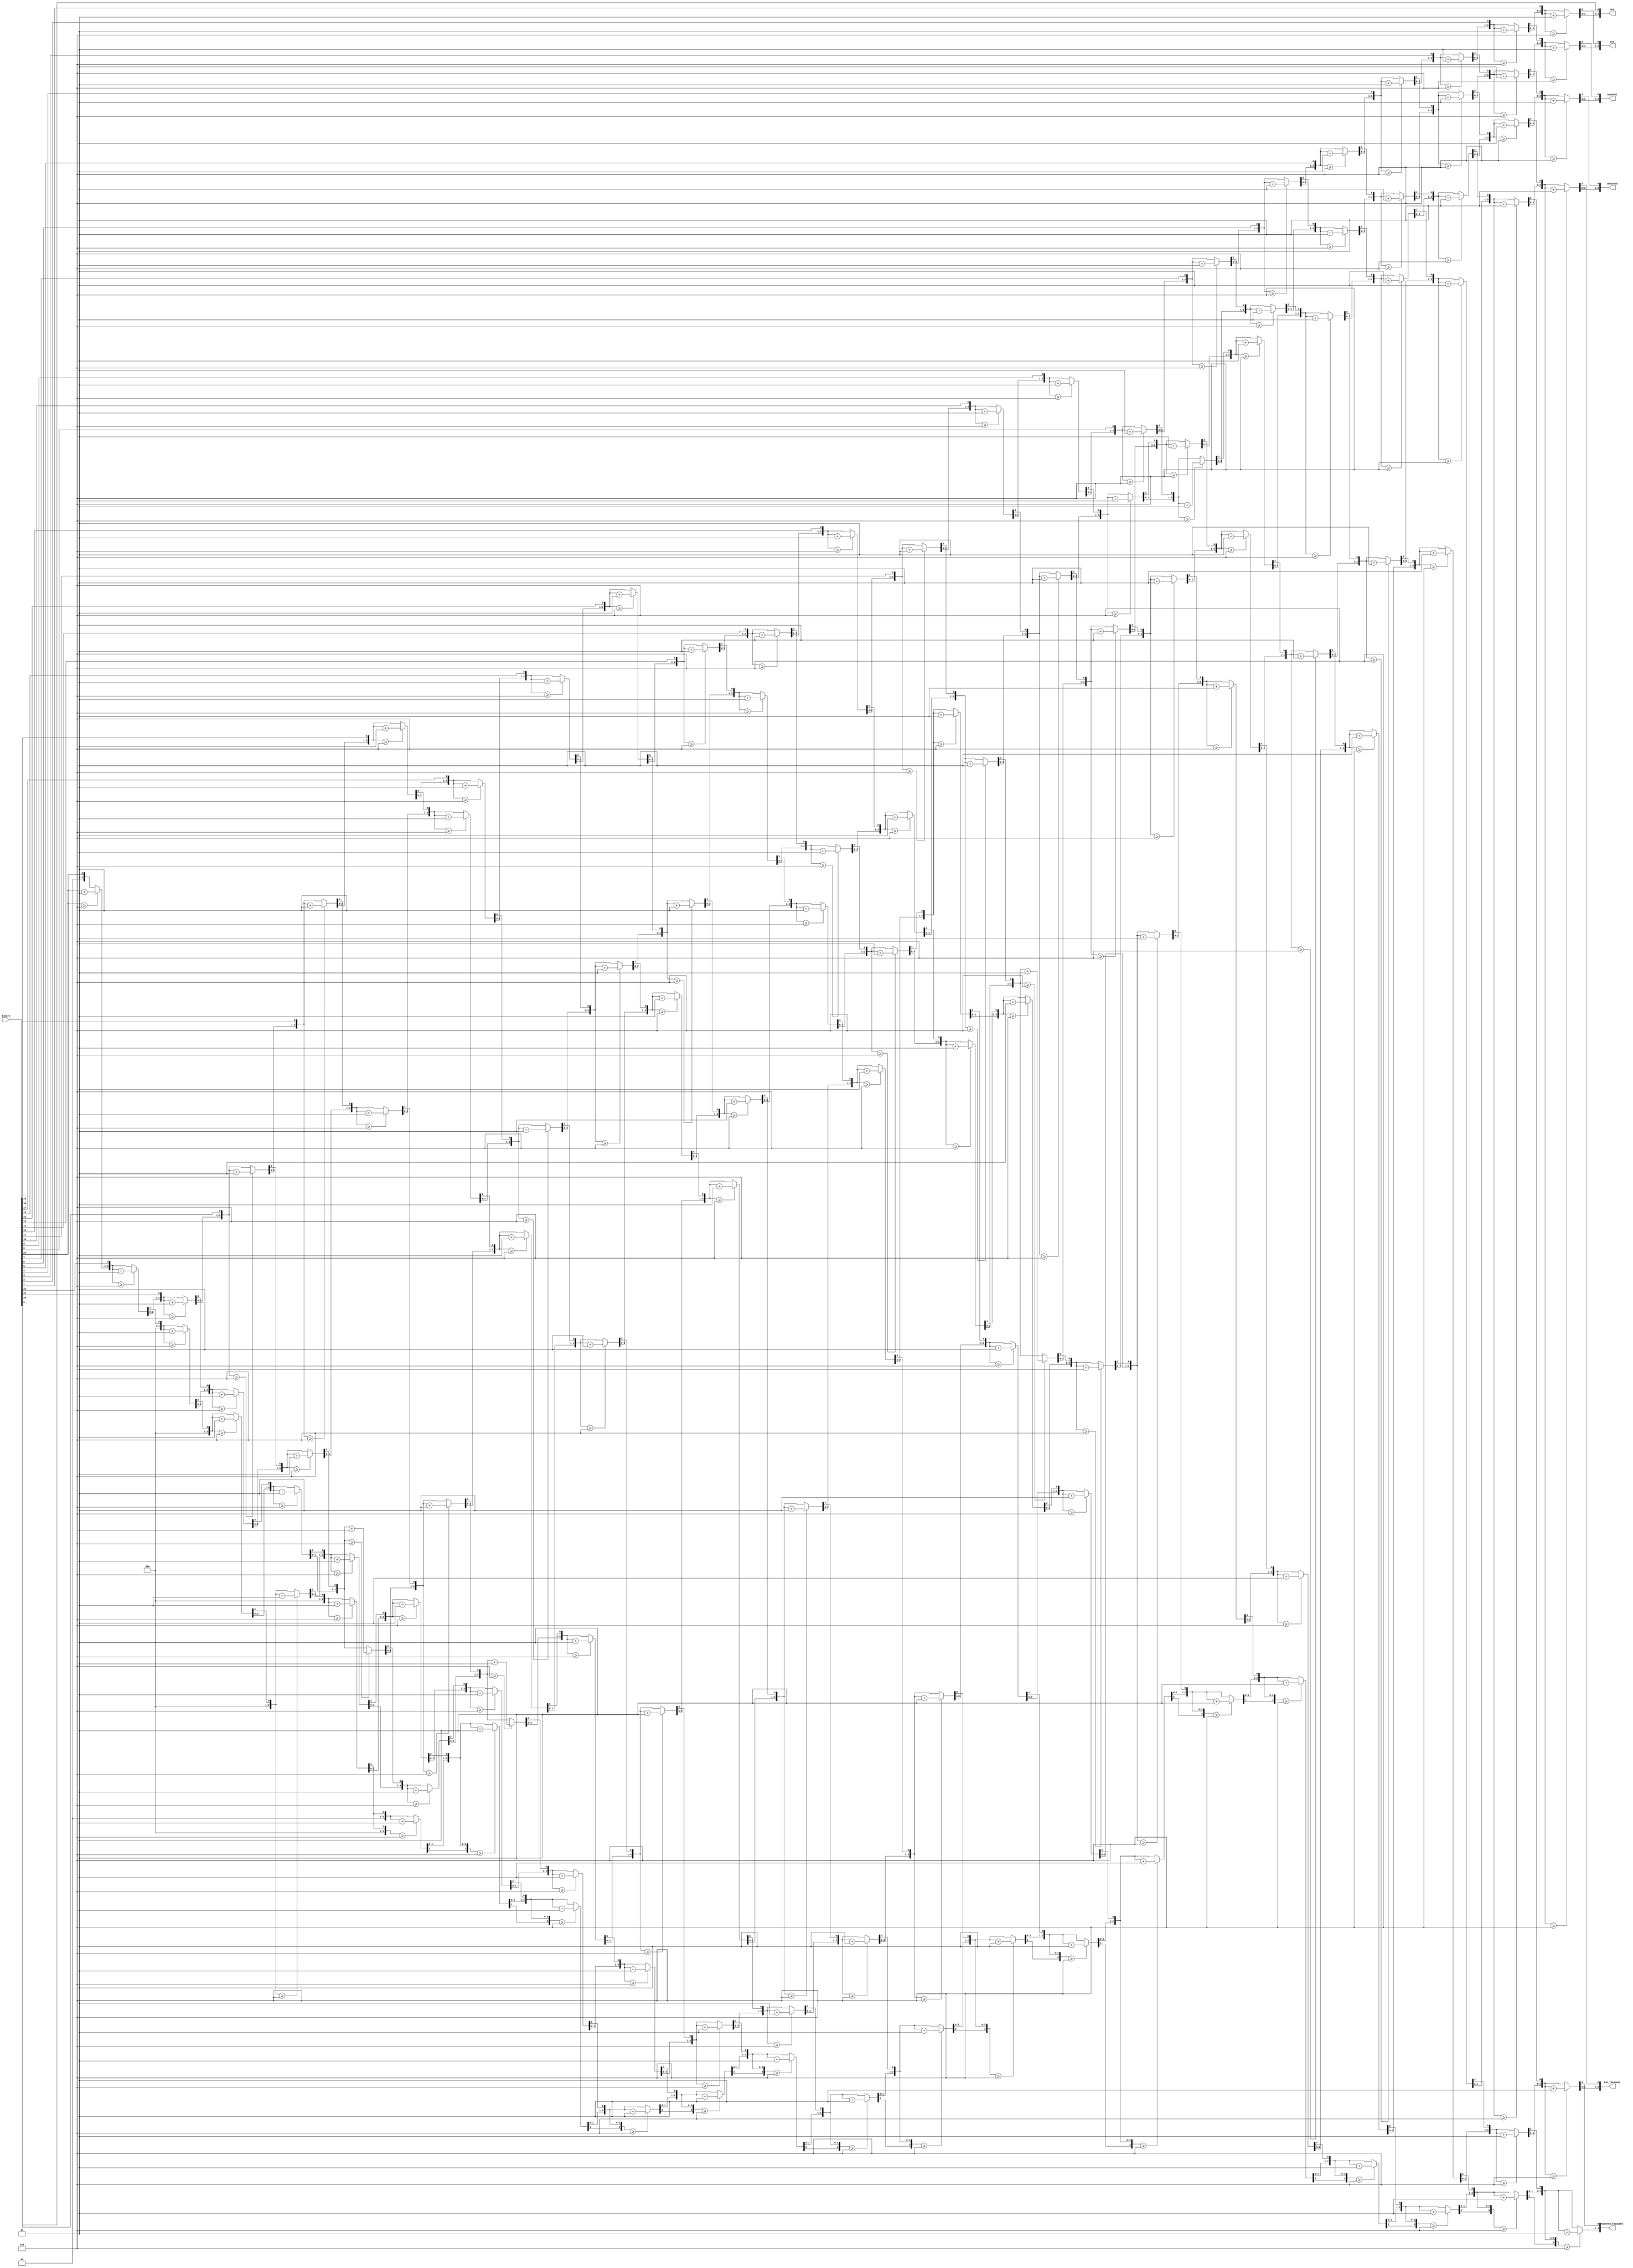
module binary_to_bcd_seq
    (
        input [23:0] binary,
	output reg [3:0] hundred_thousand,
	output reg [3:0] ten_thousand,
        output reg [3:0] thousand,
        output reg [3:0] hundred,
        output reg [3:0] ten,
        output reg [3:0] one
    );


        integer i;

always @(binary) begin
	hundred_thousand=4'd0;
	ten_thousand=4'd0;
        thousand = 4'd0;
        hundred = 4'd0;
        ten = 4'd0;
        one = 4'd0;

        for(i = 23; i >= 0; i = i - 1) begin
                if(hundred_thousand >= 5) begin
                        hundred_thousand = hundred_thousand + 3;
                end
                if(ten_thousand >= 5) begin
                        ten_thousand = ten_thousand + 3;
                end
                if(thousand >= 5) begin
                        thousand = thousand + 3;
                end
                if(hundred >= 5) begin
                        hundred = hundred + 3;
                end
                if(ten >= 5) begin
                        ten = ten + 3;
                end
                if(one >= 5) begin
                        one = one + 3;
                end
                hundred_thousand = hundred_thousand << 1;
                hundred_thousand[0] = ten_thousand[3];

                ten_thousand = ten_thousand << 1;
                ten_thousand[0] = thousand[3];

                thousand = thousand << 1;
                thousand[0] = hundred[3];

                hundred = hundred << 1;
                hundred[0] = ten[3];

                ten = ten << 1;
                ten[0] = one[3];

                one = one << 1;
                one[0] = binary[i];
        end
end
endmodule